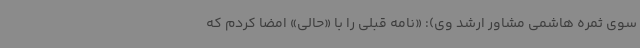
سوی ثمره هاشمی مشاور ارشد وی): «نامه قبلی را با «حالی» امضا کردم که